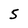
Character: 5